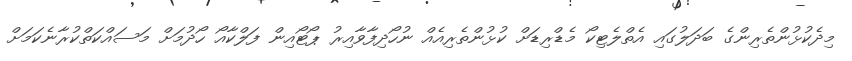
މިދެކުޅުންތެރިންގެ ބަދަލުގައި އެތްލެޓިކޯ މެޑްރިޑަށް ކުޅުންތެރިއެއް ނުހޯދިފާވާއިރު ޕޯޓޯއިން ފަލްކާއޯ ހޯދުމަށް މަސައްކަތްކުރާނެކަމަށް